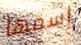
إسمها